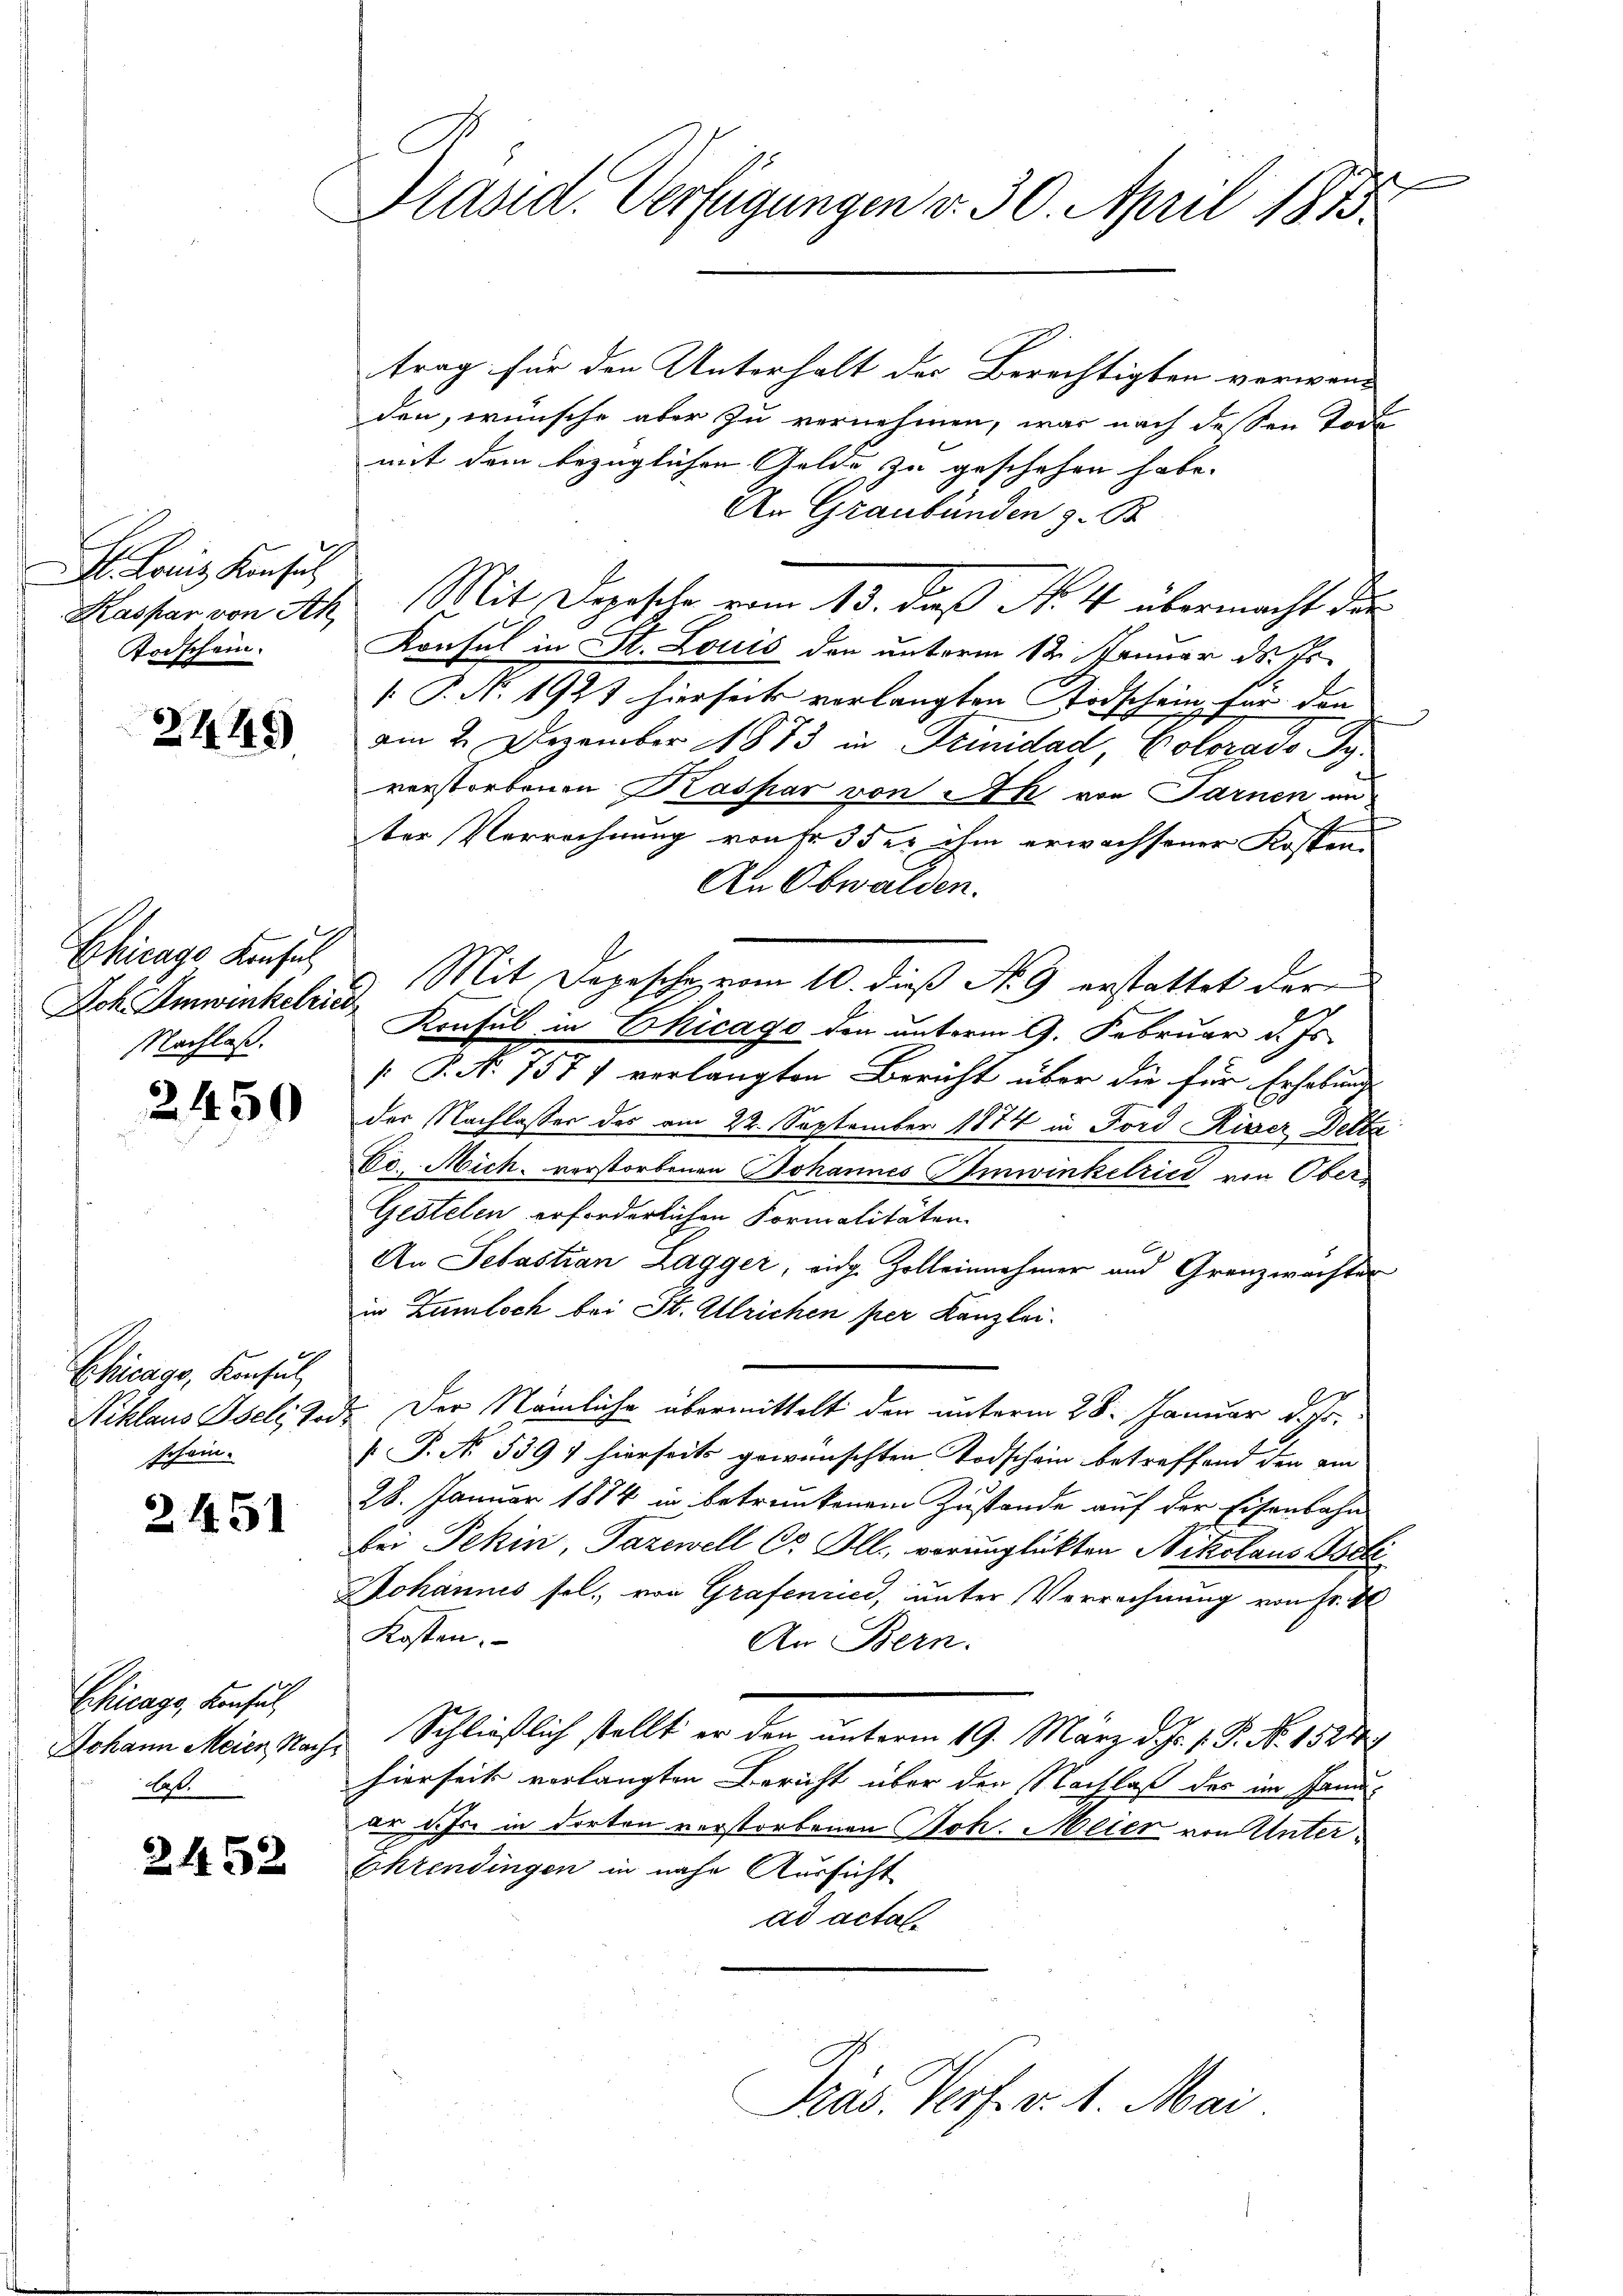
Lois Konsul
Todschein.

2449

Chicago Konsul
Ich. Umwinkelries
Nachlaß.

2450

Chicago, Konsul,
schein.

2451

Chicago, Konsul
Johann Meien Nach
laß.

2452

Präsid. Verfügungen v. 30. April 1873.

trag für den Unterhalt der Berechtigten verwand
den, wünsche aber zu vernehmen, was nach dessen Tode
mit dem bezüglichen Gelde zu geschehen habe.
An Graubünden z. B
Kaspar von Ah. Mit Depesche vom 13. daß No 4 übermacht dar
Konsul in St. Louis der unterm 12. Januar ds 10
[. P. No. 1927 hierseits verlangten Todschein für den
am 2. Dezember 1873 in Trinidad, Colorado Syverstorbenen Kaspar von Ah von Sarnen un
ter Verrechnung von Fr. 5 der ihm erwachsener Kosten
An Obwalden.
Mit Depesche vom 10. dieß N. 9 erstattet der
Konsul in Chicago den unterm 9. Februar d. Js.
 P. N. 1571 verlangten Bericht über die für Erhebung
der Nachlasser des am 22. September 1874 in Ford Riser Delta
Ec. Mich. verstorbenen Johannes Omwinkelrici von Ober¬
Gestelen erforderlichen Formalitäten
An Sebastian Lagger, eidg. Zolleinnehmer und Granzwachter
in Zumloch bei St. Allrichen per Kanzlei.
Niklaus Iseli, Tod. Der Nämliche übermittelt den unterm 28. Januar d. Js.
[P. No. 539 7 hierseits gewünschten Todschein betreffend den am
28. Januar 1884 in betrunkenem Zustande auf der Eisenbahn
bei Tehin, Pazewell Cr Ill. verunglückten Nikolaus Podi
Johannis sel. von Grafenried, unter Vorrechnung von Fr. Bl
Kosten.
An Bern.
Schließlich stellt er den unterm 19. März d. J. 18. No. 1822
hierseit verlangten Bericht über den Nachlaß des im Januer sehr in dorten verstorbenen Joh. Meier von Unter¬
Ehrendingen in nahe Aussicht
ad actal

Pras. Verf. v. 1. Mai